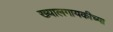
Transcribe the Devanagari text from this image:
ख्यालगायकीच्या